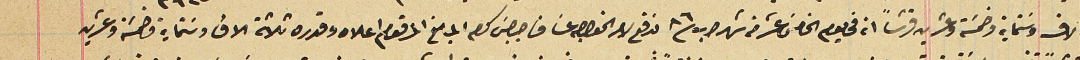
الاف وستماية وخمسَة وعشرين قرشاً انه في يوم الخامسَ عشر من شهر اب ٨٦ ندفع لامر الخواجه عسَاف جرجسَ كرم المبلغ المرقوم اعلاه وقدره ثلاثة الاف وسَتماية وخمسَة وعشرين